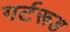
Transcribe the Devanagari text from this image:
गर्टरूड